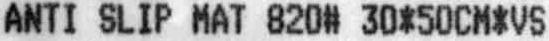
ANTI SLIP MAT 820# 30*50CM*VS